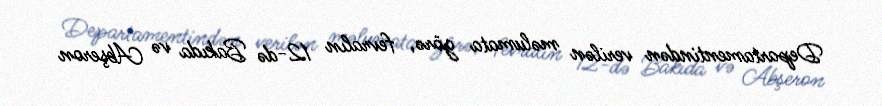
Departamentindən verilən məlumata görə, fevralın 12-də Bakıda və Abşeron